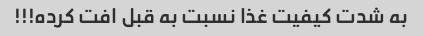
به شدت کیفیت غذا نسبت به قبل افت کرده!!!